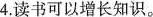
4.读书可以增长知识。